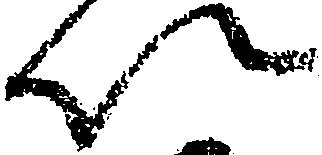
以